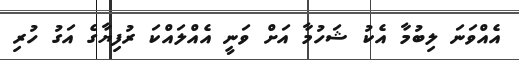
އެއްވަނަ ލިބުމާ އެކު ޝަހުމާ އަށް ވަނީ އެއްލައްކަ ރުފިޔާގެ އަގު ހުރި